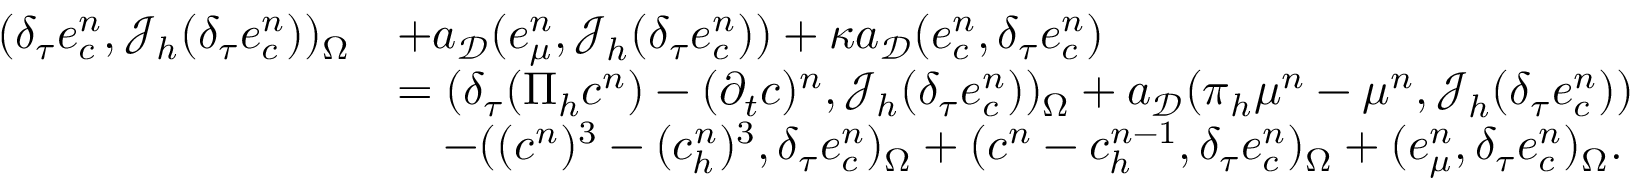
\begin{array} { r l } { ( \delta _ { \tau } e _ { c } ^ { n } , \mathcal { J } _ { h } ( \delta _ { \tau } e _ { c } ^ { n } ) ) _ { \Omega } } & { + a _ { \mathcal { D } } ( \boldsymbol { e } _ { \mu } ^ { n } , \boldsymbol { \mathcal { J } } _ { h } ( \delta _ { \tau } e _ { c } ^ { n } ) ) + \kappa a _ { \mathcal { D } } ( \boldsymbol { e } _ { c } ^ { n } , \delta _ { \tau } \boldsymbol { e } _ { c } ^ { n } ) } \\ & { = ( \delta _ { \tau } ( \Pi _ { h } c ^ { n } ) - ( \partial _ { t } c ) ^ { n } , \mathcal { J } _ { h } ( \delta _ { \tau } e _ { c } ^ { n } ) ) _ { \Omega } + a _ { \mathcal { D } } ( \boldsymbol { \pi } _ { h } \mu ^ { n } - \boldsymbol { \mu } ^ { n } , \boldsymbol { \mathcal { J } } _ { h } ( \delta _ { \tau } e _ { c } ^ { n } ) ) } \\ & { \quad - ( ( c ^ { n } ) ^ { 3 } - ( c _ { h } ^ { n } ) ^ { 3 } , \delta _ { \tau } e _ { c } ^ { n } ) _ { \Omega } + ( c ^ { n } - c _ { h } ^ { n - 1 } , \delta _ { \tau } e _ { c } ^ { n } ) _ { \Omega } + ( e _ { \mu } ^ { n } , \delta _ { \tau } e _ { c } ^ { n } ) _ { \Omega } . } \end{array}